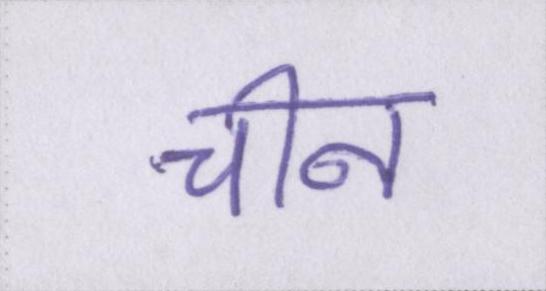
चीन